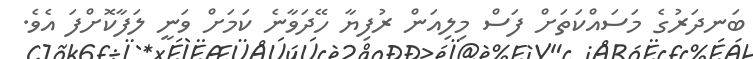
ބަނދަރުގެ މަސައްކަތަށް ފަސް މިލިއަން ރުފިޔާ ހޭދަވާނެ ކަމަށް ވަނީ ލަފާކޮށްފަ އެވެ.